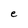
Character: e